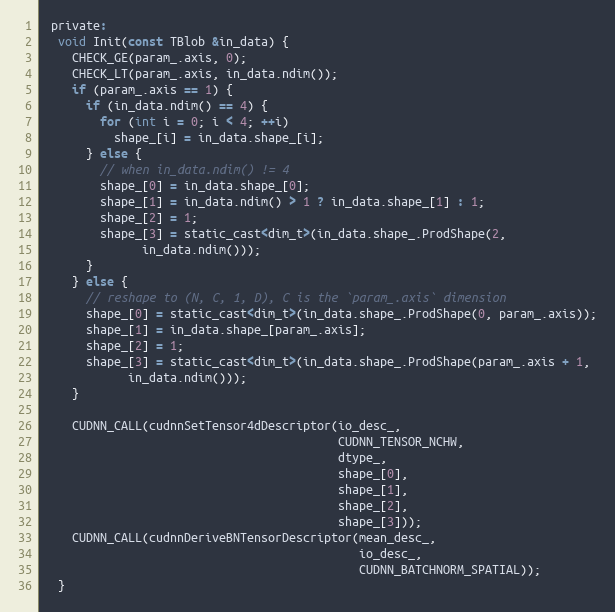
Language: C
 private:
  void Init(const TBlob &in_data) {
    CHECK_GE(param_.axis, 0);
    CHECK_LT(param_.axis, in_data.ndim());
    if (param_.axis == 1) {
      if (in_data.ndim() == 4) {
        for (int i = 0; i < 4; ++i)
          shape_[i] = in_data.shape_[i];
      } else {
        // when in_data.ndim() != 4
        shape_[0] = in_data.shape_[0];
        shape_[1] = in_data.ndim() > 1 ? in_data.shape_[1] : 1;
        shape_[2] = 1;
        shape_[3] = static_cast<dim_t>(in_data.shape_.ProdShape(2,
              in_data.ndim()));
      }
    } else {
      // reshape to (N, C, 1, D), C is the `param_.axis` dimension
      shape_[0] = static_cast<dim_t>(in_data.shape_.ProdShape(0, param_.axis));
      shape_[1] = in_data.shape_[param_.axis];
      shape_[2] = 1;
      shape_[3] = static_cast<dim_t>(in_data.shape_.ProdShape(param_.axis + 1,
            in_data.ndim()));
    }

    CUDNN_CALL(cudnnSetTensor4dDescriptor(io_desc_,
                                          CUDNN_TENSOR_NCHW,
                                          dtype_,
                                          shape_[0],
                                          shape_[1],
                                          shape_[2],
                                          shape_[3]));
    CUDNN_CALL(cudnnDeriveBNTensorDescriptor(mean_desc_,
                                             io_desc_,
                                             CUDNN_BATCHNORM_SPATIAL));
  }